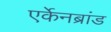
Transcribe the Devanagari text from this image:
एर्केनब्रांड